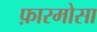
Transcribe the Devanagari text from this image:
फ़ारमोसा